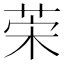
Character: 𦯕